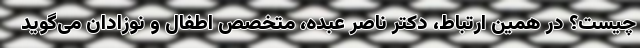
چیست؟ در همین ارتباط، دکتر ناصر عبده، متخصص اطفال و نوزادان می‌گوید